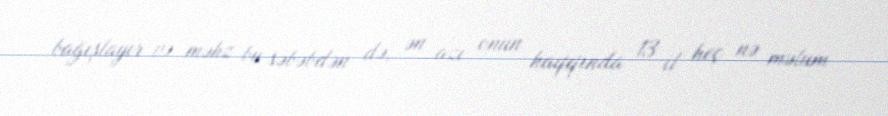
bağışlayır və məhz bu səbəbdən də, ən azı onun haqqında 13 il heç nə məlum